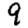
Digit: 9